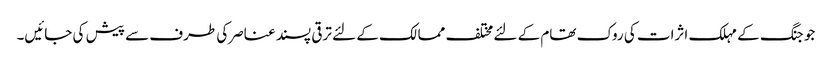
جو جنگ کے مہلک اثرات کی روک تھام کے لئے مختلف ممالک کے لئے ترقی پسند عناصرکی طرف سے پیش کی جائیں۔